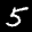
Label: 5